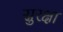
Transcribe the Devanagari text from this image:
स्रुरक्षा